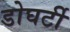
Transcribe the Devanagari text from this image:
डोघर्टी